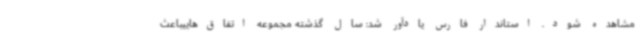
مشاهده شود. استاندار فارس یادآور شد: سال گذشته مجموعه اتفاق‌هاییباعث